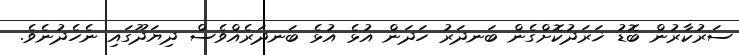
ސަރުކާރުން ބޮޑު ޚަރަދުކޮށްގެން ބަނދަރު ހަދަން އުޅެ އުޅެ ބަނދަރެއްވެސް ދިޔަދޫގައި ނެހެދުނެވެ.